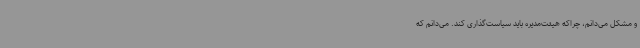
و مشکل می‌دانم، چراکه هیئت‌مدیره باید سیاست‌گذاری کند. می‌دانم که